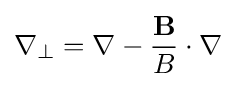
\nabla _{\perp }=\nabla -{\frac {\mathbf {B} }{B}}\cdot \nabla